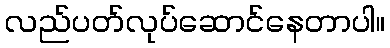
လည်ပတ်လုပ်ဆောင်နေတာပါ။